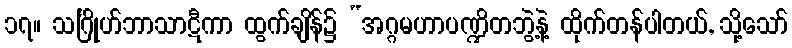
၁၇။ သင်္ဂြိုဟ်ဘာသာဋီကာ ထွက်ချိန်၌ “အဂ္ဂမဟာပဏ္ဍိတဘွဲ့နဲ့ ထိုက်တန်ပါတယ်, သို့သော်